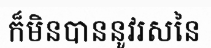
ក៏មិនបាននូវរសនៃ